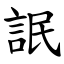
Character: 䛉